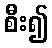
စီး၍